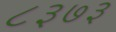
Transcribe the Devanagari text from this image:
८३७३